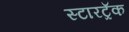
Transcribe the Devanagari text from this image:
स्टारट्रॅक